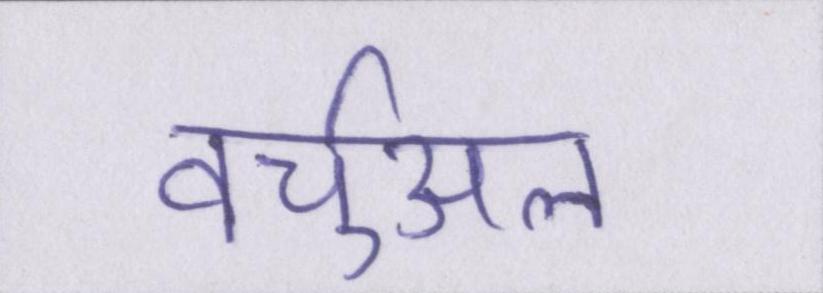
वर्चुअल